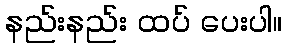
နည်းနည်း ထပ် ပေးပါ။